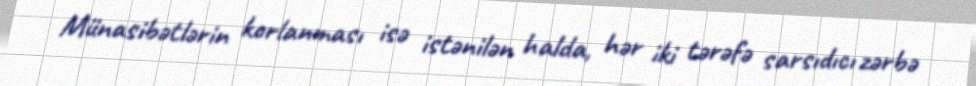
Münasibətlərin korlanması isə istənilən halda, hər iki tərəfə sarsıdıcı zərbə